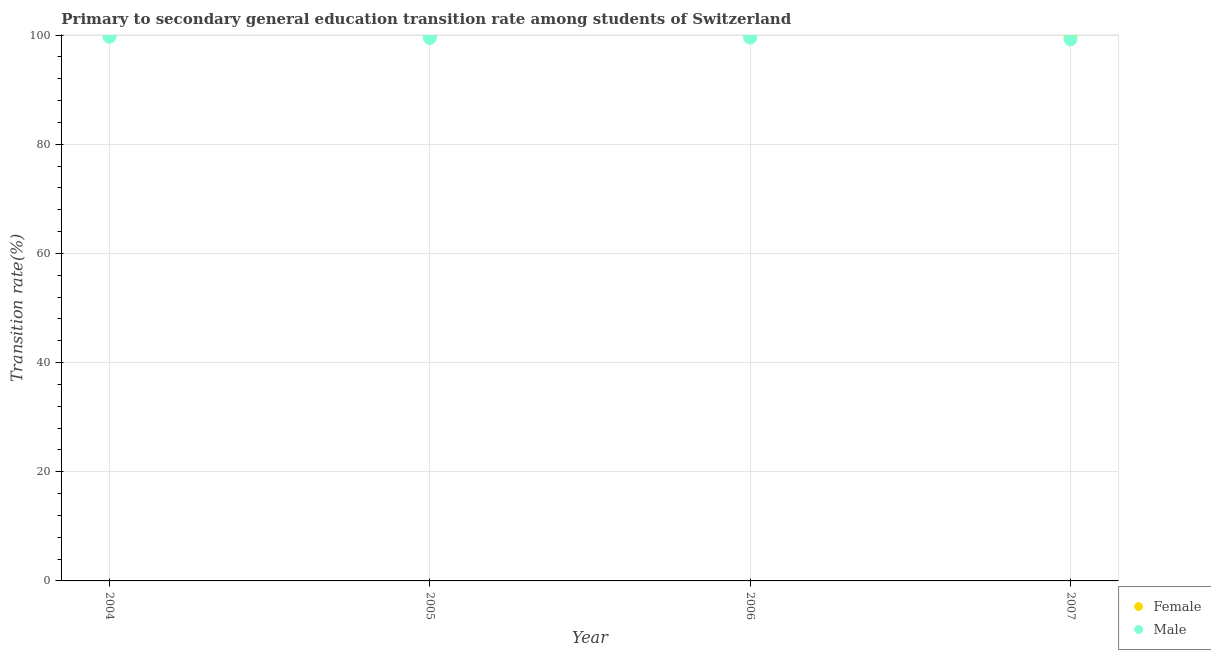
| Year | Female | Male |
 | --- | --- | --- |
 | 2004 | 100 | 99.7 |
 | 2005 | 100 | 99.5 |
 | 2006 | 100 | 99.5 |
 | 2007 | 100 | 99.2 |